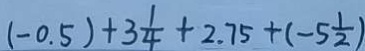
( - 0 . 5 ) + 3 \frac { 1 } { 4 } + 2 . 7 5 + ( - 5 \frac { 1 } { 2 } )